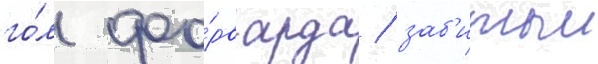
го́л фо́рварда / заб'итыи